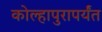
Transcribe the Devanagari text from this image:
कोल्हापुरापर्यंत